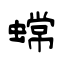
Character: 蟐